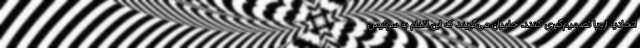
اتحادیه اروپا تصمیم‌گیری کنند. حامیان می‌گویند که این اقدام به سوئیس